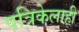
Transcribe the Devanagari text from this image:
पत्रिकेलाही